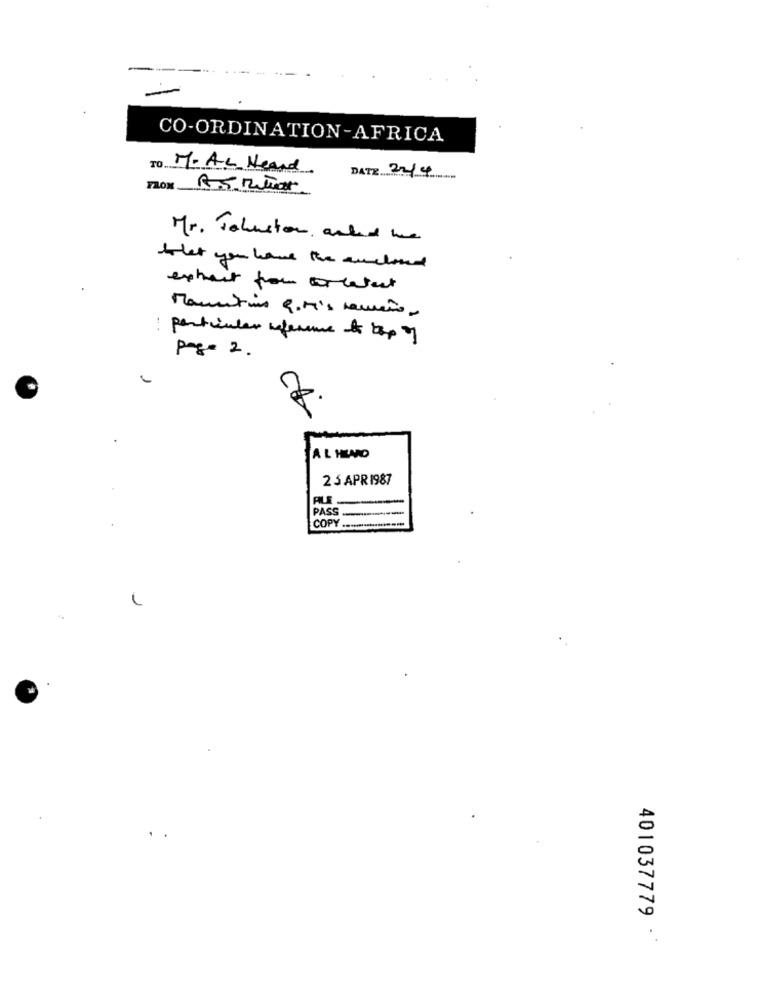
CO-ORDINATION-AFRICA
TO.
M. AL Heard
DATE 24/4
Fox
Mr. Tohuston asked me
that you have the enclosed
extrait for Greatest
Mauritius q.Mis remeto.
particular reference to top of
page 2.
AL HLAD
2 5 APR 1987
PASS
COPY
401037779 **